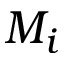
M _ { i }